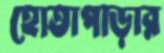
হোতাপাড়ার